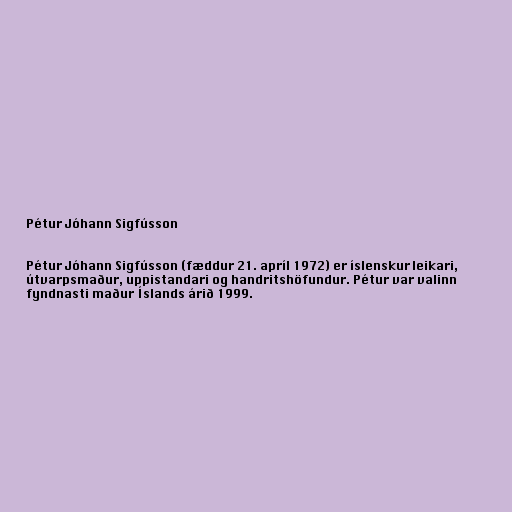
Pétur Jóhann Sigfússon

Pétur Jóhann Sigfússon (fæddur 21. apríl 1972) er íslenskur leikari,
útvarpsmaður, uppistandari og handritshöfundur. Pétur var valinn
fyndnasti maður Íslands árið 1999.